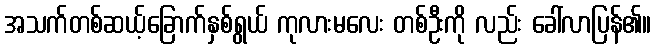
အသက်တစ်ဆယ့်ခြောက်နှစ်ရွယ် ကုလားမလေး တစ်ဦးကို လည်း ခေါ်လာပြန်၏။